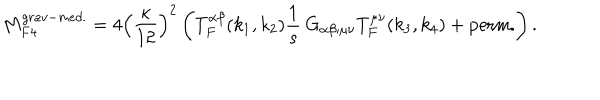
M _ { F 4 } ^ { g r a v - m e d . } = 4 \left( \frac { \kappa } { 1 2 } \right) ^ { 2 } \left( T _ { F } ^ { \alpha \beta } ( k _ { 1 } , k _ { 2 } ) \frac { 1 } { s } \: G _ { \alpha \beta ; \mu \nu } T _ { F } ^ { \mu \nu } ( k _ { 3 } , k _ { 4 } ) + \mathrm { p e r m . } \right) .